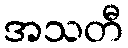
အသတီ